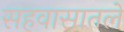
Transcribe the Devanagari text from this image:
सहवासातले